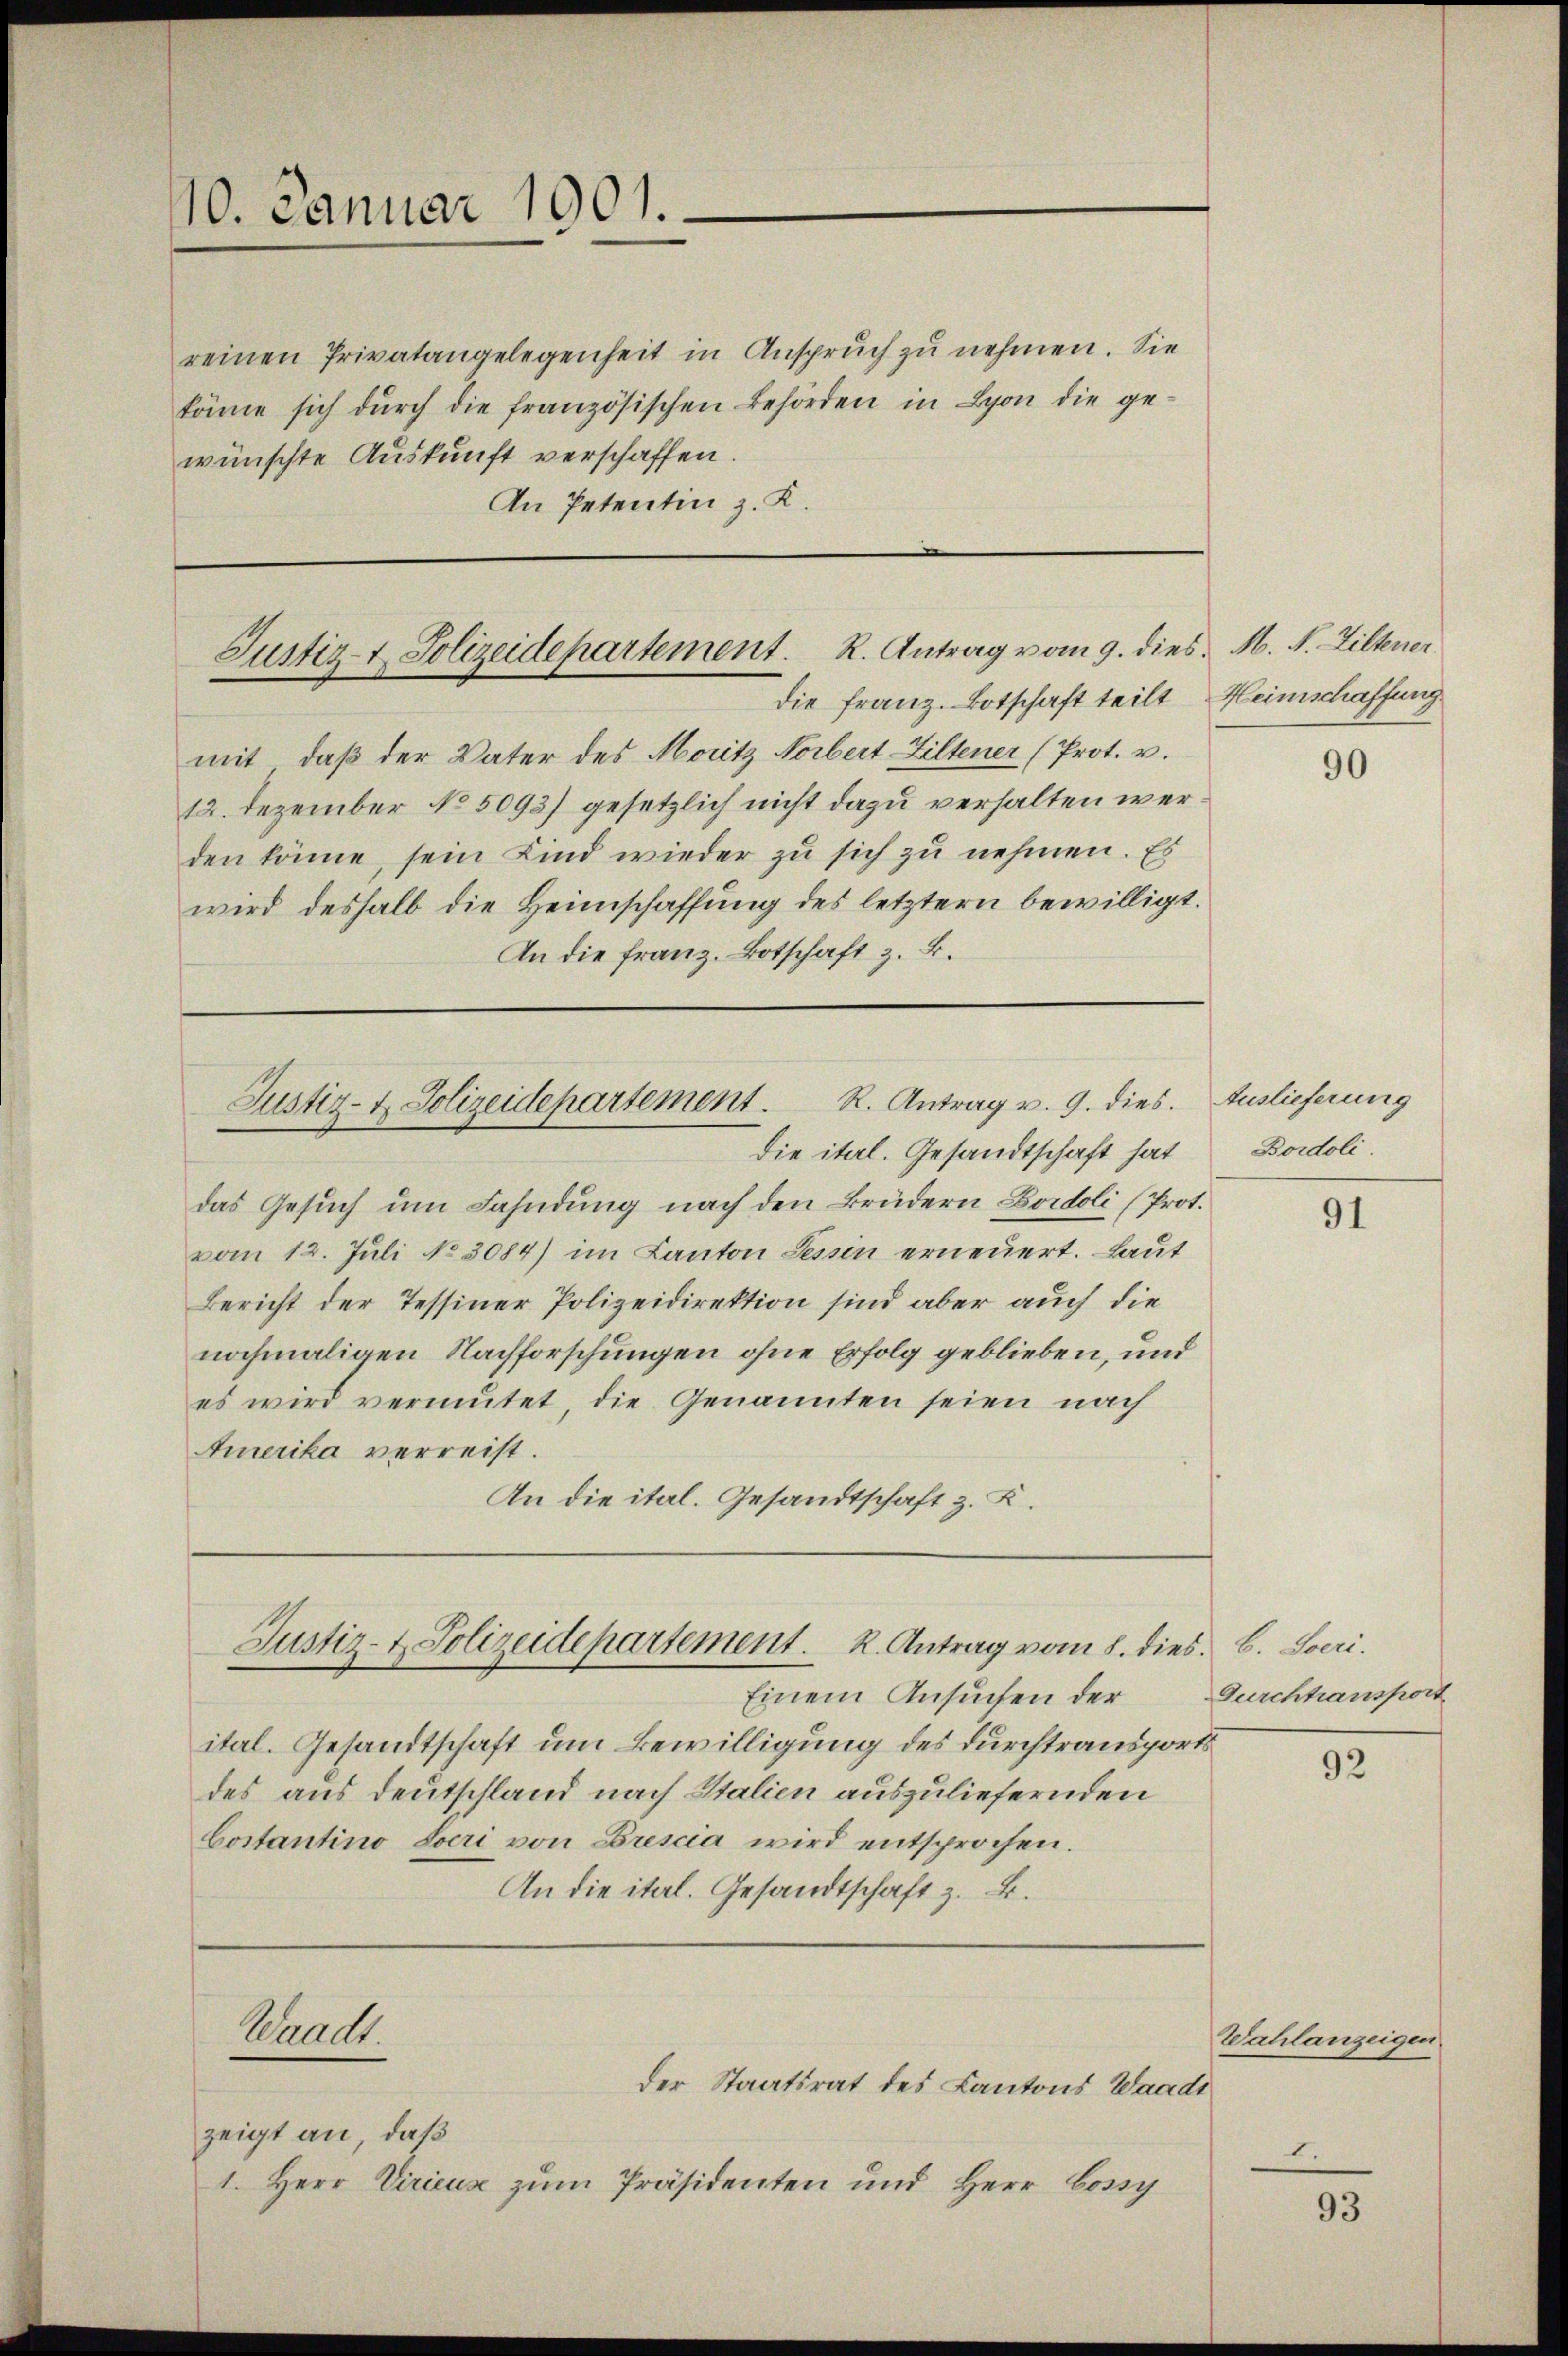
10. Januar 1901.

reinen Privatangelegenheit in Anspruch zu nehmen. Sie
könne sich dŭrch die französischen Behörden in Lyon die gewünschte Auskunft verschaffen.
An Petentin z. K.

mit, daß der Vater des Moritz Norbert-Ziltener (Prot. v.
12. Dezember No 5093) gesetzlich nicht dazu verhalten werden könne, sein Kind wieder zu sich zu nehmen. Es
wird deshalb die Heimschaffung des letztern bewilligt.
An die franz. Botschaft z. B.

Justiz- & Polizeidepartement. R. Antrag vom 9. dies. M. N. Ziltener
die Franz. Botschaft teilt Heimschaffung

Die ital. Gesandtschaft hat
das Gesuch um Fahndung nach den Brüdern Bordoli (Prot.
vom 12. Juli No 3084) im Kanton Tessin erneuert. Laut
Bericht der Tessiner Polizeidirektion sind aber auch die
nochmaligen Nachforschungen ohne Erfolg geblieben, und
es wird vermutet, die Genannten seien nach
Amerika verreist.
An die ital. Gesandtschaft z. Z.

Justiz- & Polizeidepartement. R. Antrag v. 9. dies. Auslieferung

Justiz- & Polizeidepartement. R. Antrag vom 8. dies. B. Soeri.

Waadt.

zeigt an, daß
1. Herr Viricus zum Präsidenten und Herr Cossy

der Staatsrat des Kantons Waadt

Einem Ansuchen der
ital. Gesandtschaft um Bewilligung des durchtransports
des aus Deutschland nach Italien auszuliefernden
Costantino Loeri von Brescia wird entsprochen.
An die ital. Gesandtschaft z. B.

Bordoli.

Gurchtransport

1

90

91

92

Wahlanzeigen.

93